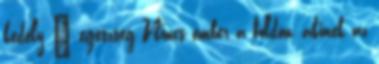
kedély – egészség Nincs ember a földön, akinek az